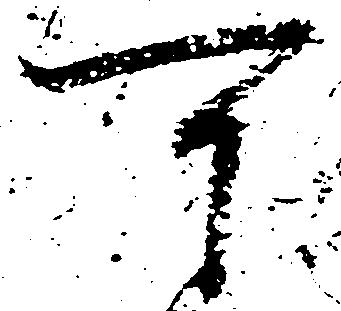
可